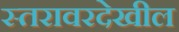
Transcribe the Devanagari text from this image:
स्तरावरदेखील